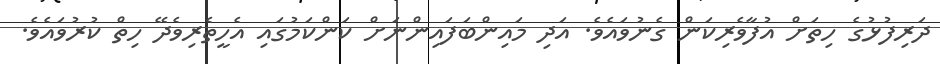
ދަރިފުޅުގެ ހިތަށް އުފާވެރިކަން ގެނުވައެވެ. އަދި މައިންބަފައިންނަށް ކަންކަމުގައި އެހީތެރިވެދޭ ހިތް ކުރުވައެވެ.